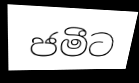
ජමීට